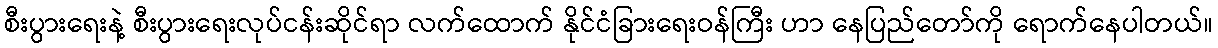
စီးပွားရေးနဲ့ စီးပွားရေးလုပ်ငန်းဆိုင်ရာ လက်ထောက် နိုင်ငံခြားရေးဝန်ကြီး ဟာ နေပြည်တော်ကို ရောက်နေပါတယ်။